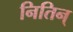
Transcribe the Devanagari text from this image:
नितिन्